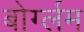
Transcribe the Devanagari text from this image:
बोर्ग्लम